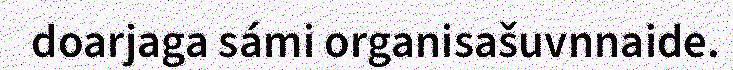
doarjaga sámi organisašuvnnaide.